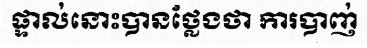
ផ្ទាល់នោះបានថ្លែងថា ការបាញ់